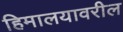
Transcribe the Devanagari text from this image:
हिमालयावरील